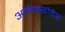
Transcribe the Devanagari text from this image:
अलेक्सांदेर